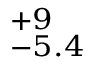
^ { + 9 } _ { - 5 . 4 }